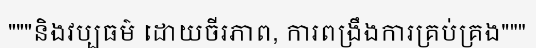
"""និងវប្បធម៌ ដោយចីរភាព, ការពង្រឹងការគ្រប់គ្រង"""